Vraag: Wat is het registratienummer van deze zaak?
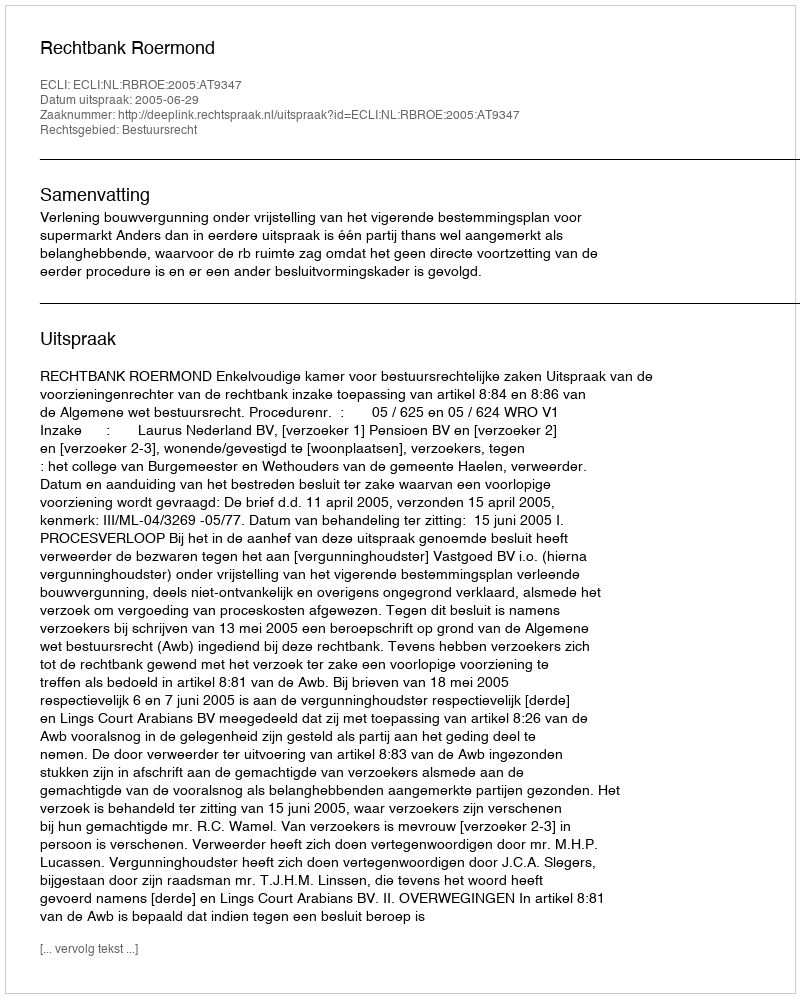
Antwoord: http://deeplink.rechtspraak.nl/uitspraak?id=ECLI:NL:RBROE:2005:AT9347